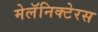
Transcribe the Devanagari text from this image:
मेलॅनिक्टेरस